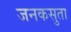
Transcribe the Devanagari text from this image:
जनकसुता